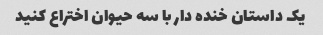
یک داستان خنده دار با سه حیوان اختراع کنید